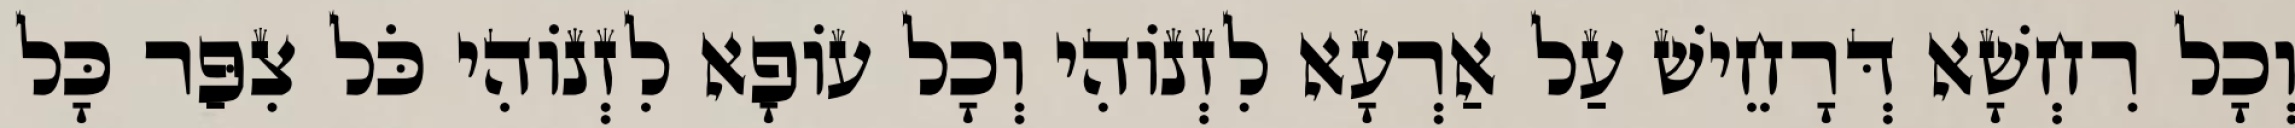
וְכָל רִחְשָׁא דְּרָחֵישׁ עַל אַרְעָא לִזְנוֹהִי וְכָל עוֹפָא לִזְנוֹהִי כֹּל צִפַּר כָּל